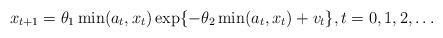
LaTeX: \begin{align*}x_{t+1} = \theta_1 \min(a_t,x_t) \exp\{-\theta_2 \min(a_t,x_t) + v_t\}, t=0,1,2,\ldots \end{align*}